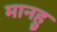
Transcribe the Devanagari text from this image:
मानहु